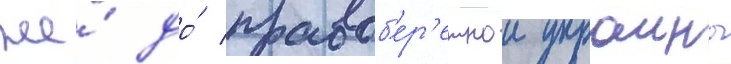
же́ до́ правоб'ер'ежнои украины